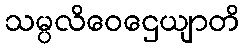
သမ္ပလိဝေဌေယျာတိ